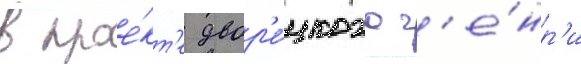
в прое́кт'е двор'е́цкого г'е́нр'и